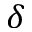
\delta